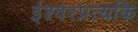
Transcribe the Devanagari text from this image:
ईश्वरप्रत्यकि